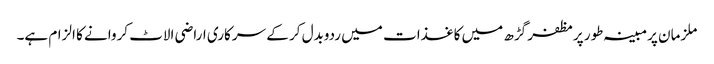
ملزمان پرمبینہ طور پرمظفر گڑھ میں کاغذات میں ردوبدل کر کے سرکاری اراضی الاٹ کروانے کا الزام ہے۔